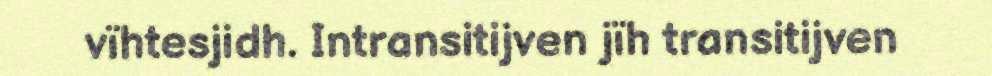
vïhtesjidh. Intransitijven jïh transitijven